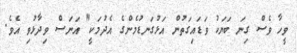
ވީހާ ވެސް ގިނަ ބަޔަކު ވަޑައިގަތުން އަޅުގަނޑުމެންގެ އެދުމަކީ" އަނަސް ވިދާޅުވި އެވެ.